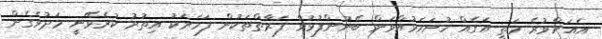
އެއަށްވުރެ މަތީ އަގެއް ހުށަހަޅުއްވަން ބޭނުންފުޅުވާ ފަރާތްތަކުން ފަހަރަކު އިތުރު ކުރެވޭނީ މަދުވެގެން